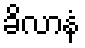
ခိလာနံ